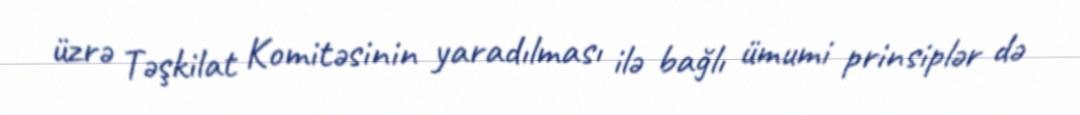
üzrə Təşkilat Komitəsinin yaradılması ilə bağlı ümumi prinsiplər də